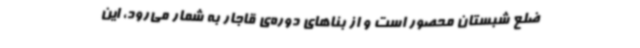
ضلع شبستان محصور است و از بناهای دوره‌ی قاجار به شمار می‌رود، این